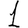
Digit: 1